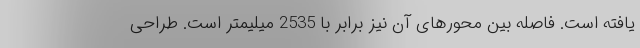
یافته است. فاصله بین محورهای آن نیز برابر با 2535 میلیمتر است. طراحی